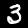
Digit: 3